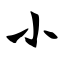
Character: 小